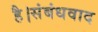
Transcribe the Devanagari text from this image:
है।संबंधवाद